Indian journal of veterinary science and animal husbandry - Volume 3,
Year: 1933
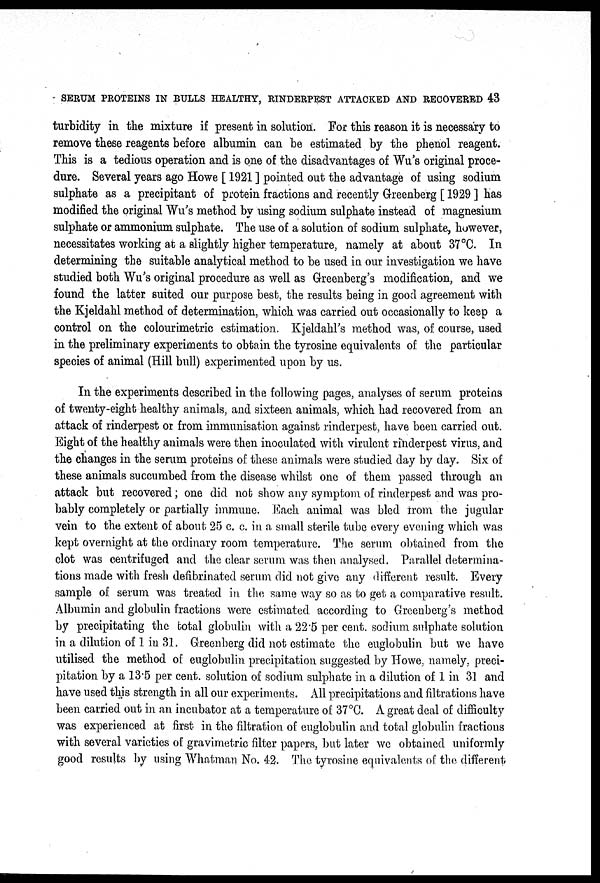
SERUM PROTEINS IN BULLS HEALTHY, RINDERPEST ATTACKED AND RECOVERED 43
turbidity in the mixture if present in solution. For this reason it is necessary to
remove these reagents before albumin can be estimated by the phenol reagent.
This is a tedious operation and is one of the disadvantages of Wu's original proce-
dure. Several years ago Howe [ 1921 ] pointed out the advantage of using sodium
sulphate as a precipitant of protein fractions and recently Greenberg [ 1929 ] has
modified the original Wu's method by using sodium sulphate instead of magnesium
sulphate or ammonium sulphate. The use of a solution of sodium sulphate, however,
necessitates working at a slightly higher temperature, namely at about 37°C. In
determining the suitable analytical method to be used in our investigation we have
studied both Wu's original procedure as well as Greenberg's modification, and we
found the latter suited our purpose best, the results being in good agreement with
the Kjeldahl method of determination, which was carried out occasionally to keep a
control on the colourimetric estimation. Kjeldahl's method was, of course, used
in the preliminary experiments to obtain the tyrosine equivalents of the particular
species of animal (Hill bull) experimented upon by us.
In the experiments described in the following pages, analyses of serum proteins
of twenty-eight healthy animals, and sixteen animals, which had recovered from an
attack of rinderpest or from immunisation against rinderpest, have been carried out.
Eight of the healthy animals were then inoculated with virulent rinderpest virus, and
the changes in the serum proteins of these animals were studied day by day. Six of
these animals succumbed from the disease whilst one of them passed through an
attack but recovered; one did not show any symptom of rinderpest and was pro-
bably completely or partially immune. Each animal was bled from the jugular
vein to the extent of about 25 c. c. in a small sterile tube every evening which was
kept overnight at the ordinary room temperature. The serum obtained from the
clot was centrifuged and the clear serum was then analysed. Parallel determina-
tions made with fresh defibrinated serum did not give any different result. Every
sample of serum was treated in the same way so as to get a comparative result.
Albumin and globulin fractions were estimated according to Greenberg's method
by precipitating the total globulin with a 22.5 per cent. sodium sulphate solution
in a dilution of 1 in 31. Greenberg did not estimate the euglobulin but we have
utilised the method of euglobulin precipitation suggested by Howe, namely, preci-
pitation by a 13.5 per cent. solution of sodium sulphate in a dilution of 1 in 31 and
have used this strength in all our experiments. All precipitations and filtrations have
been carried out in an incubator at a temperature of 37°C. A great deal of difficulty
was experienced at first in the filtration of euglobulin and total globulin fractions
with several varieties of gravimetric filter papers, but later we obtained uniformly
good results by using Whatman No. 42. The tyrosine equivalents of the different